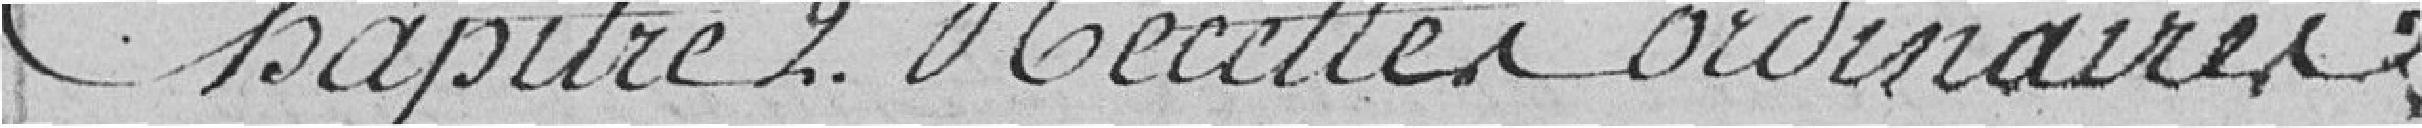
Chapitre 2. Recettes ordinaires